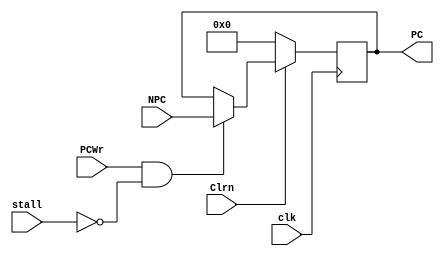
`timescale 1ns / 1ps
//////////////////////////////////////////////////////////////////////////////////
// Company: 
// Engineer: 
// 
// Design Name: 
// Module Name: PC
// Project Name: 
// Target Devices: 
// Tool Versions: 
// Description: 
// 
// Dependencies: 
// 
// Revision:
// Revision 0.01 - File Created
// Additional Comments:
// 
//////////////////////////////////////////////////////////////////////////////////


module PC(NPC, clk, PCWr, Clrn, PC, stall );
    
    input       [31:0]  NPC;
    input               clk;
    input               PCWr;
    input               Clrn;
    input               stall;
    
    output reg  [31:0]  PC;
    
    wire SAFE;
    
    assign SAFE=PCWr&~stall;
    
    always @ (posedge clk)
    begin
        if(!Clrn)
            PC <= 0;
        else if(SAFE)
            PC <= NPC;
    end

endmodule